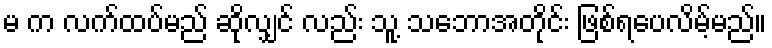
မ က လက်ထပ်မည် ဆိုလျှင် လည်း သူ့ သဘောအတိုင်း ဖြစ်ရပေလိမ့်မည်။